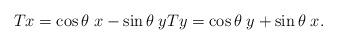
LaTeX: \begin{align*}Tx = \cos \theta \; x - \sin \theta \; y Ty = \cos \theta \; y + \sin \theta \; x.\end{align*}